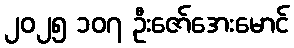
၂၀၂၅ ၁၀၇ ဦးဇော်အေးမောင်